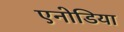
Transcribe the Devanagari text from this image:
एनोडिया